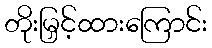
တိုးမြှင့်ထားကြောင်း